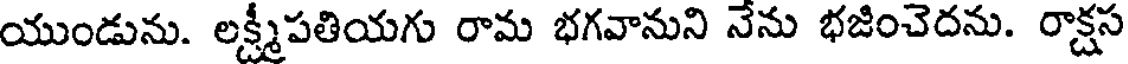
యుండును. లక్ష్మీపతియగు రామ భగవానుని నేను భజించెదను. రాక్షస